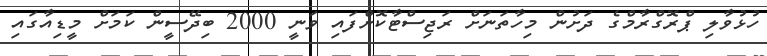
ހުޅުވާލި ޕްރޮގްރާމްގެ ދަށުން މިހާތަނަށް ރަޖިސްޓާކޮށްފައި ވަނީ 2000 ބިދޭސީން ކަމަށް މީޑިއާގައި